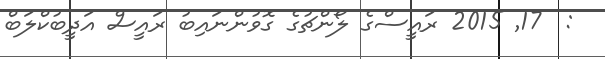
:  17